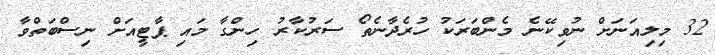
32 މިލިއަނަށް ނުވިކޭނެ މެންބަރަކު ހުރެދާނެތޯ ސަރުކާރު ހިންގާ މައި ޕާޓީއަށް ނިސްބަތްވާ